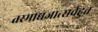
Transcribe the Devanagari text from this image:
तस्माद्यज्ञात्सर्वहुत